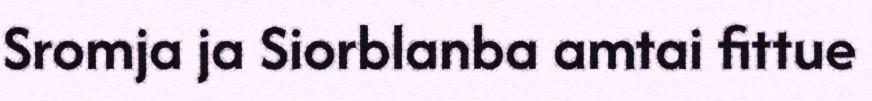
Sromja ja Siorblanba amtai fittue